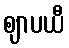
ဈာပယီ